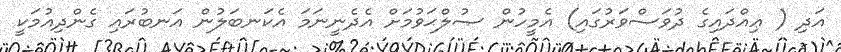
އަދި ( ޢިއްދައިގެ ދުވަސްވަރުގައި) އެމީހުން ޞުލްޙަވުމަށް އެދެނީނަމަ އެކަނބަލުން އަނބުރައި ގެންދިއުމަކީ